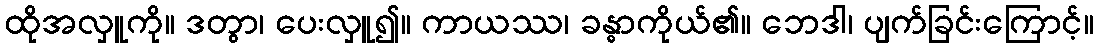
ထိုအလှူကို။ ဒတွာ၊ ပေးလှူ၍။ ကာယဿ၊ ခန္ဓာကိုယ်၏။ ဘေဒါ၊ ပျက်ခြင်းကြောင့်။